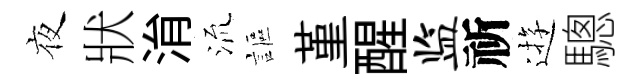
夜狀㳙𣴑謳堇醒监祈逰驄